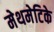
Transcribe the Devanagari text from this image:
मेथमेटिके